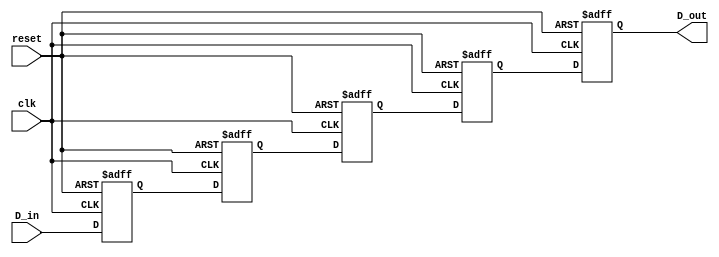
module multistage_register #(
    parameter NUM_STAGES = 4,  // Number of register stages
    parameter DATA_WIDTH = 8    // Width of the data bus
)(
    input  wire [DATA_WIDTH-1:0] D_in,   // Input data bus
    input  wire clk,                     // Clock signal
    input  wire reset,                   // Reset signal
    output reg  [DATA_WIDTH-1:0] D_out   // Output data bus
);

    // Declare an array of registers for the stages
    reg [DATA_WIDTH-1:0] stages [0:NUM_STAGES-1];

    integer i;

    // Sequential logic for the multistage register
    always @(posedge clk or posedge reset) begin
        if (reset) begin
            // Clear all stages on reset
            for (i = 0; i < NUM_STAGES; i = i + 1) begin
                stages[i] <= {DATA_WIDTH{1'b0}}; // Set to zero
            end
            D_out <= {DATA_WIDTH{1'b0}}; // Clear output
        end else begin
            // Shift data through the stages
            stages[0] <= D_in; // Capture input in the first stage
            for (i = 1; i < NUM_STAGES; i = i + 1) begin
                stages[i] <= stages[i-1]; // Shift data to the next stage
            end
            D_out <= stages[NUM_STAGES-1]; // Output the last stage
        end
    end

endmodule